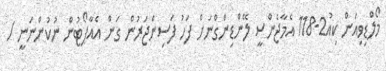
މޯލްޑިވިއަން ކިއު2-118 އެމާޖެންސީ ލޭންޑިންގްނަށް ފަހު ފަސިންޖަރުން ގަން އެއާޕޯޓުން ނުކުންނަނީ /